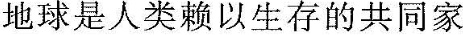
地球是人类赖以生存的共同家